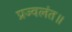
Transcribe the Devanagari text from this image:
प्रज्वलंत॥